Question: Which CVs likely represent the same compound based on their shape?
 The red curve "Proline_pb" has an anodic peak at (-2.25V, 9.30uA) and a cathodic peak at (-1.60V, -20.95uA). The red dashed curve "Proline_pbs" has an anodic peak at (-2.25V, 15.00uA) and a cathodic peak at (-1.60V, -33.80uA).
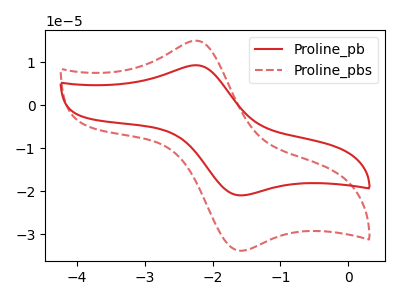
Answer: <think>All the peaks in "Proline_pb" have a peak in "Proline_pbs" at the same potential. Every peak in "Proline_pb" is lower than every peak in "Proline_pbs".
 </think>
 <answer>"Proline_pbs" and "Proline_pb" have the same shape and are likely CV's of the same chemical.</answer>
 <eval>"Proline_pbs" "Proline_pb"</eval>